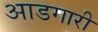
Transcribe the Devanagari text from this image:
आडगारी